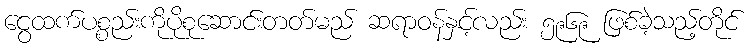
ငွေထက်ပစ္စည်းကိုပိုစုဆောင်းတတ်မည် ဆရာဝန်နှင့်လည်း ၅၉၆၉ ဖြစ်ခဲ့သည့်တိုင်